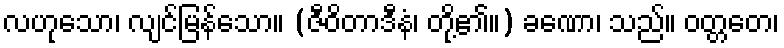
လဟုသော၊ လျင်မြန်သော။ (ဇီဝိတာဒီနံ၊ တို့၏။) ခဏော၊ သည်။ ဝတ္တတေ၊